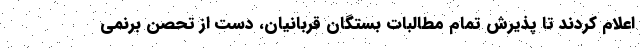
اعلام کردند تا پذیرش تمام مطالبات بستگان قربانیان، دست از تحصن برنمی